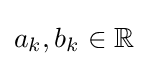
a_{k},b_{k}\in \mathbb {R}